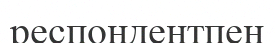
респондентпен